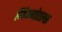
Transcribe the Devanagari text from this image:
जिन्गोएल्स